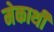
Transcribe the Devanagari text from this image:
मेकार्थी